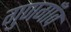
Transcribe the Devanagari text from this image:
गुणगाँव